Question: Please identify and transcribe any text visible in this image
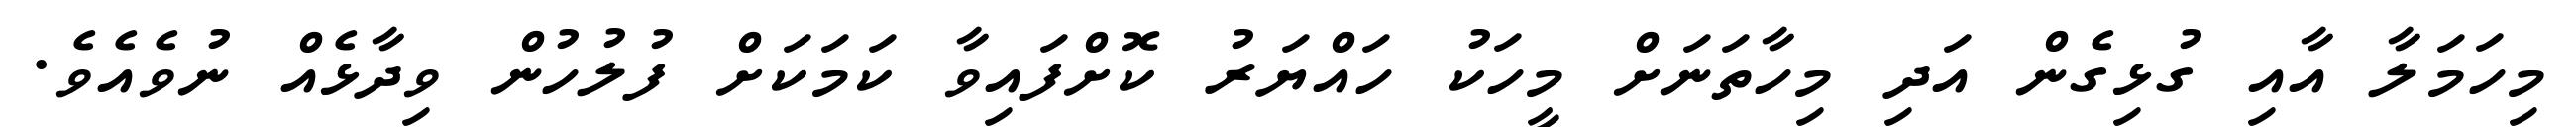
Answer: މިހަމަލާ އާއި ގުޅިގެން އަދި މިހާތަނަށް މީހަކު ހައްޔަރު ކޮށްފައިވާ ކަމަކަށް ފުލުހުން ވިދާޅެއް ނުވެއެވެ.